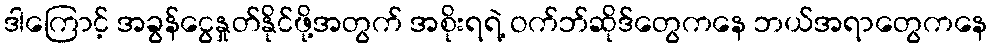
ဒါကြောင့် အခွန်ငွေနှုတ်နိုင်ဖို့အတွက် အစိုးရရဲ့ ဝက်ဘ်ဆိုဒ်တွေကနေ ဘယ်အရာတွေကနေ